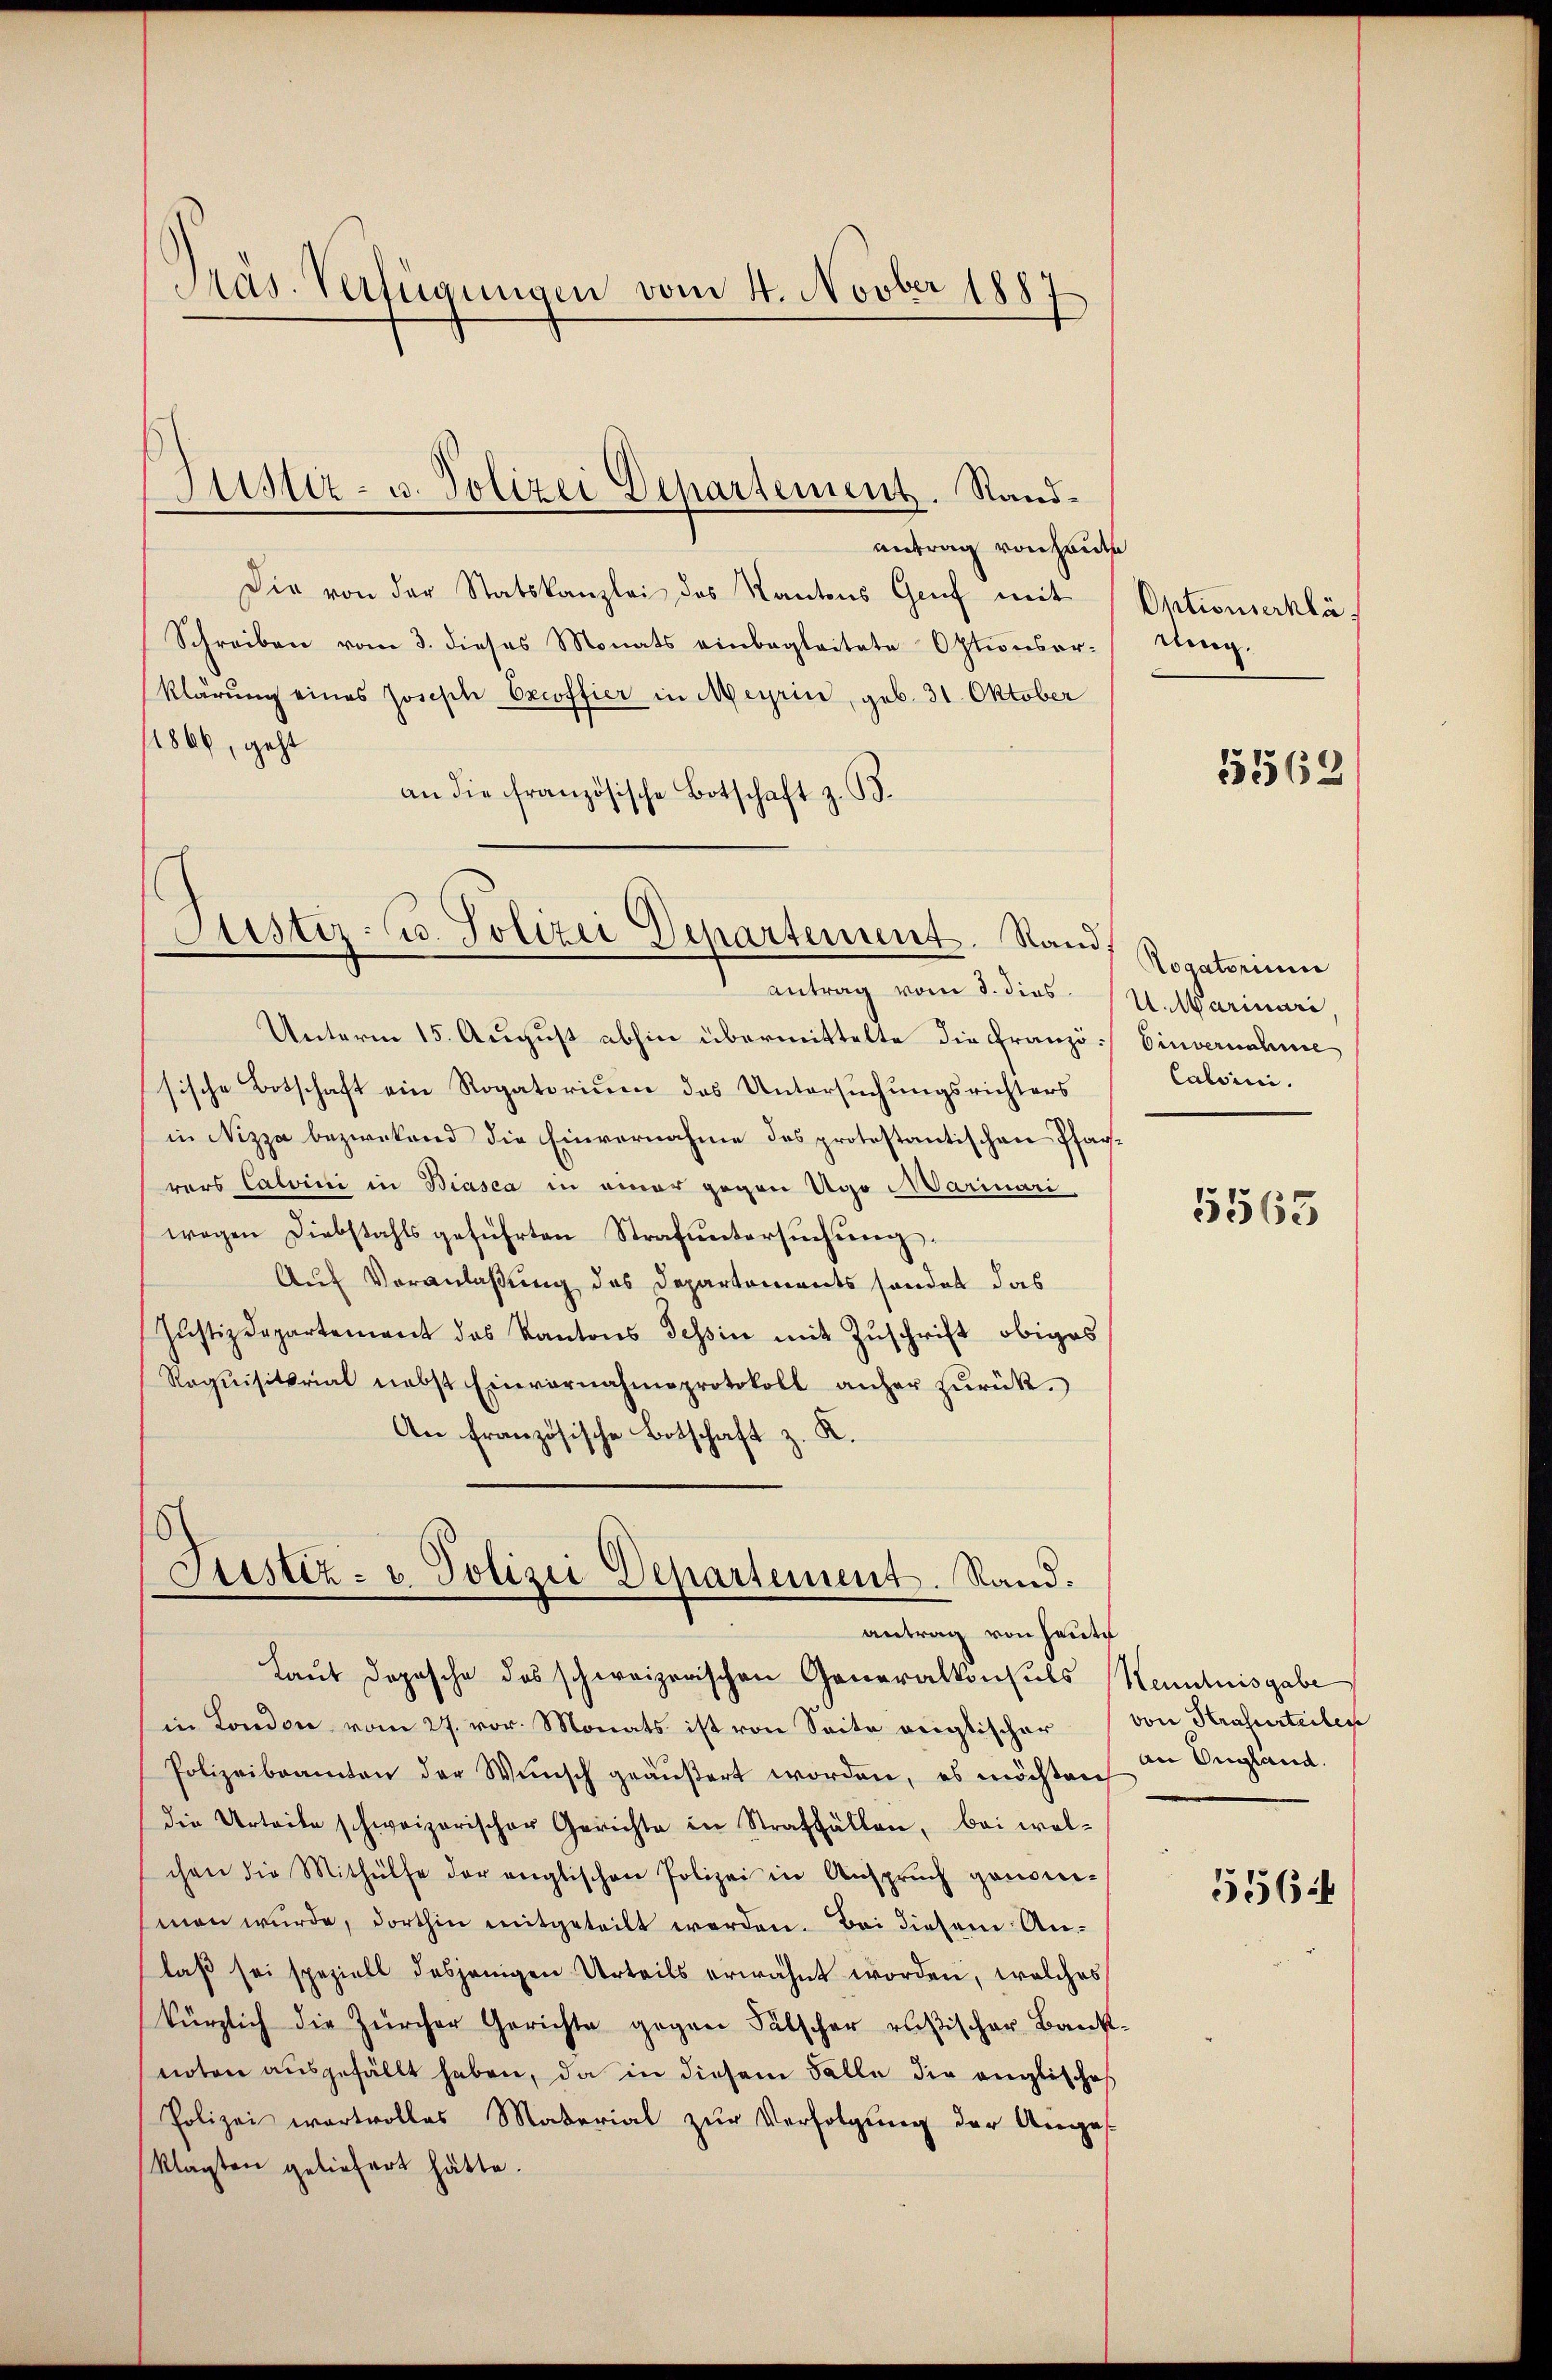
antrag von heute
Die von der Statskanzlei des Kantons Genf mit
Schreiben vom 3. dieses Monats einbegleitete Optionsor-
Klärung eines Joseph Excoffier in Meyrin, geb. 31. Oktober
1866, geht
an die französische Botschaft z. B.

Präs. Verfügungen vom 4. Novber 1887.

Justiz- u. Polizei Departement. Sand¬

Justiz- u. Polizei Departement. Rand,
antrag vom 8. dies

Justiz- u. Polizei Departement. Sand.
antrag von heute

Unterm 15. August abhin übermittelte die Französische Botschaft ein Rogatorium des Untersuchungsrichters
in Nizza bezweckend die Einvernahme des protestantischen Pfarrers Calvini in Biasca in einer gegen Ugo Marinari
wegen Diebstahls geführten Strafŭntersŭchŭng.
Auf Veranlaßung des Departements sonder das
Justizdepartement des Kantons Tessin mit Zuschrift obiges
Requisitorial nebst Einvernahmeprotokoll anher zŭrük.
An französische Botschaft z. K.

Optionserklä
tling.

Laut Dopische des schweizerischen Generalkonsuls Kenntnisgabe
in London vom 27. vor. Monats ist von Seite verglischer von Strasserteilen
Polizeibeamten der Wünsch geäußert worden, es möchten in England.
die Urteile schweizerischer Gerichte in Straffällen, bei wolchen die Mithülfe der englischen Polizei in Ansprŭch genom-
smen wurde, dorthin mitgeteilt worden. Bei diesem Anlaß sei speziell dasjenigen Urteils erwähnt worden, welches
kürzlich die Zürcher Gerichte gegen Fälscher resischer Baust-
noten ausgefällt haben, da in diesem Falle die anglisches
Polizei wartvolles Material zur Verfolgung der Angesklagten geliefert hätte.

5569

Togatorium
U. Warinari
Einvernahme
Calvini.

5563

5564